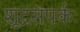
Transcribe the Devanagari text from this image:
शूद्रसंपर्कः